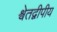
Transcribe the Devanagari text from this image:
श्वेतद्वीपीय